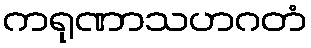
ကရုဏာသဟဂတံ